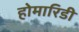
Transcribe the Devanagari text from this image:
होमारिडी